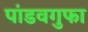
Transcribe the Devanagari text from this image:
पांडवगुफा